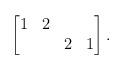
LaTeX: \begin{align*} \begin{bmatrix} 1 & 2 & & \\ & & 2 & 1 \end{bmatrix}.\end{align*}